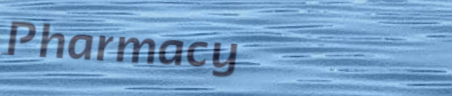
Pharmacy